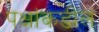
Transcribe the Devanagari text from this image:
पक्षांकडील